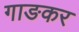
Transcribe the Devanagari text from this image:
गाङकर